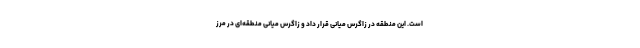
است. این منطقه در زاگرس میانی قرار داد و زاگرس میانی منطقه‌ای در مرز